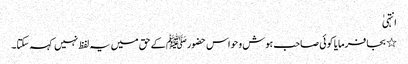
انتہیٰ
٭ بجا فرمایا کوئی صاحب ہوش و حواس حضورﷺ کے حق میں یہ لفظ نہیں کہہ سکتا۔